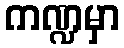
ကဏ္ဍမှာ